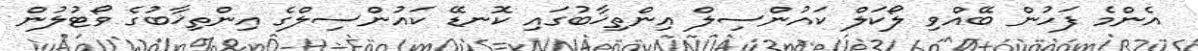
އެންމެ ފަހުން ބޭއްވި ލޯކަލް ކައުންސިލް އިންތިޚާބުގައި ކޮނޑޭ ކައުންސިލްގެ އިންތިޚާބުގެ ވޯޓުލުން